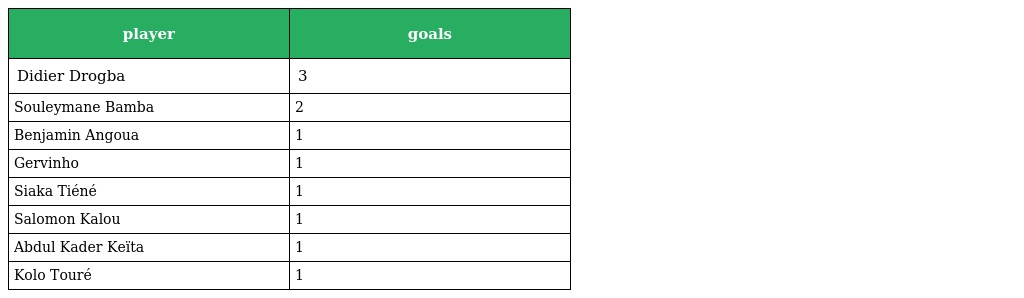
| player | goals |
 | --- | --- |
 | Didier Drogba | 3 |
 | Souleymane Bamba | 2 |
 | Benjamin Angoua | 1 |
 | Gervinho | 1 |
 | Siaka Tiéné | 1 |
 | Salomon Kalou | 1 |
 | Abdul Kader Keïta | 1 |
 | Kolo Touré | 1 |